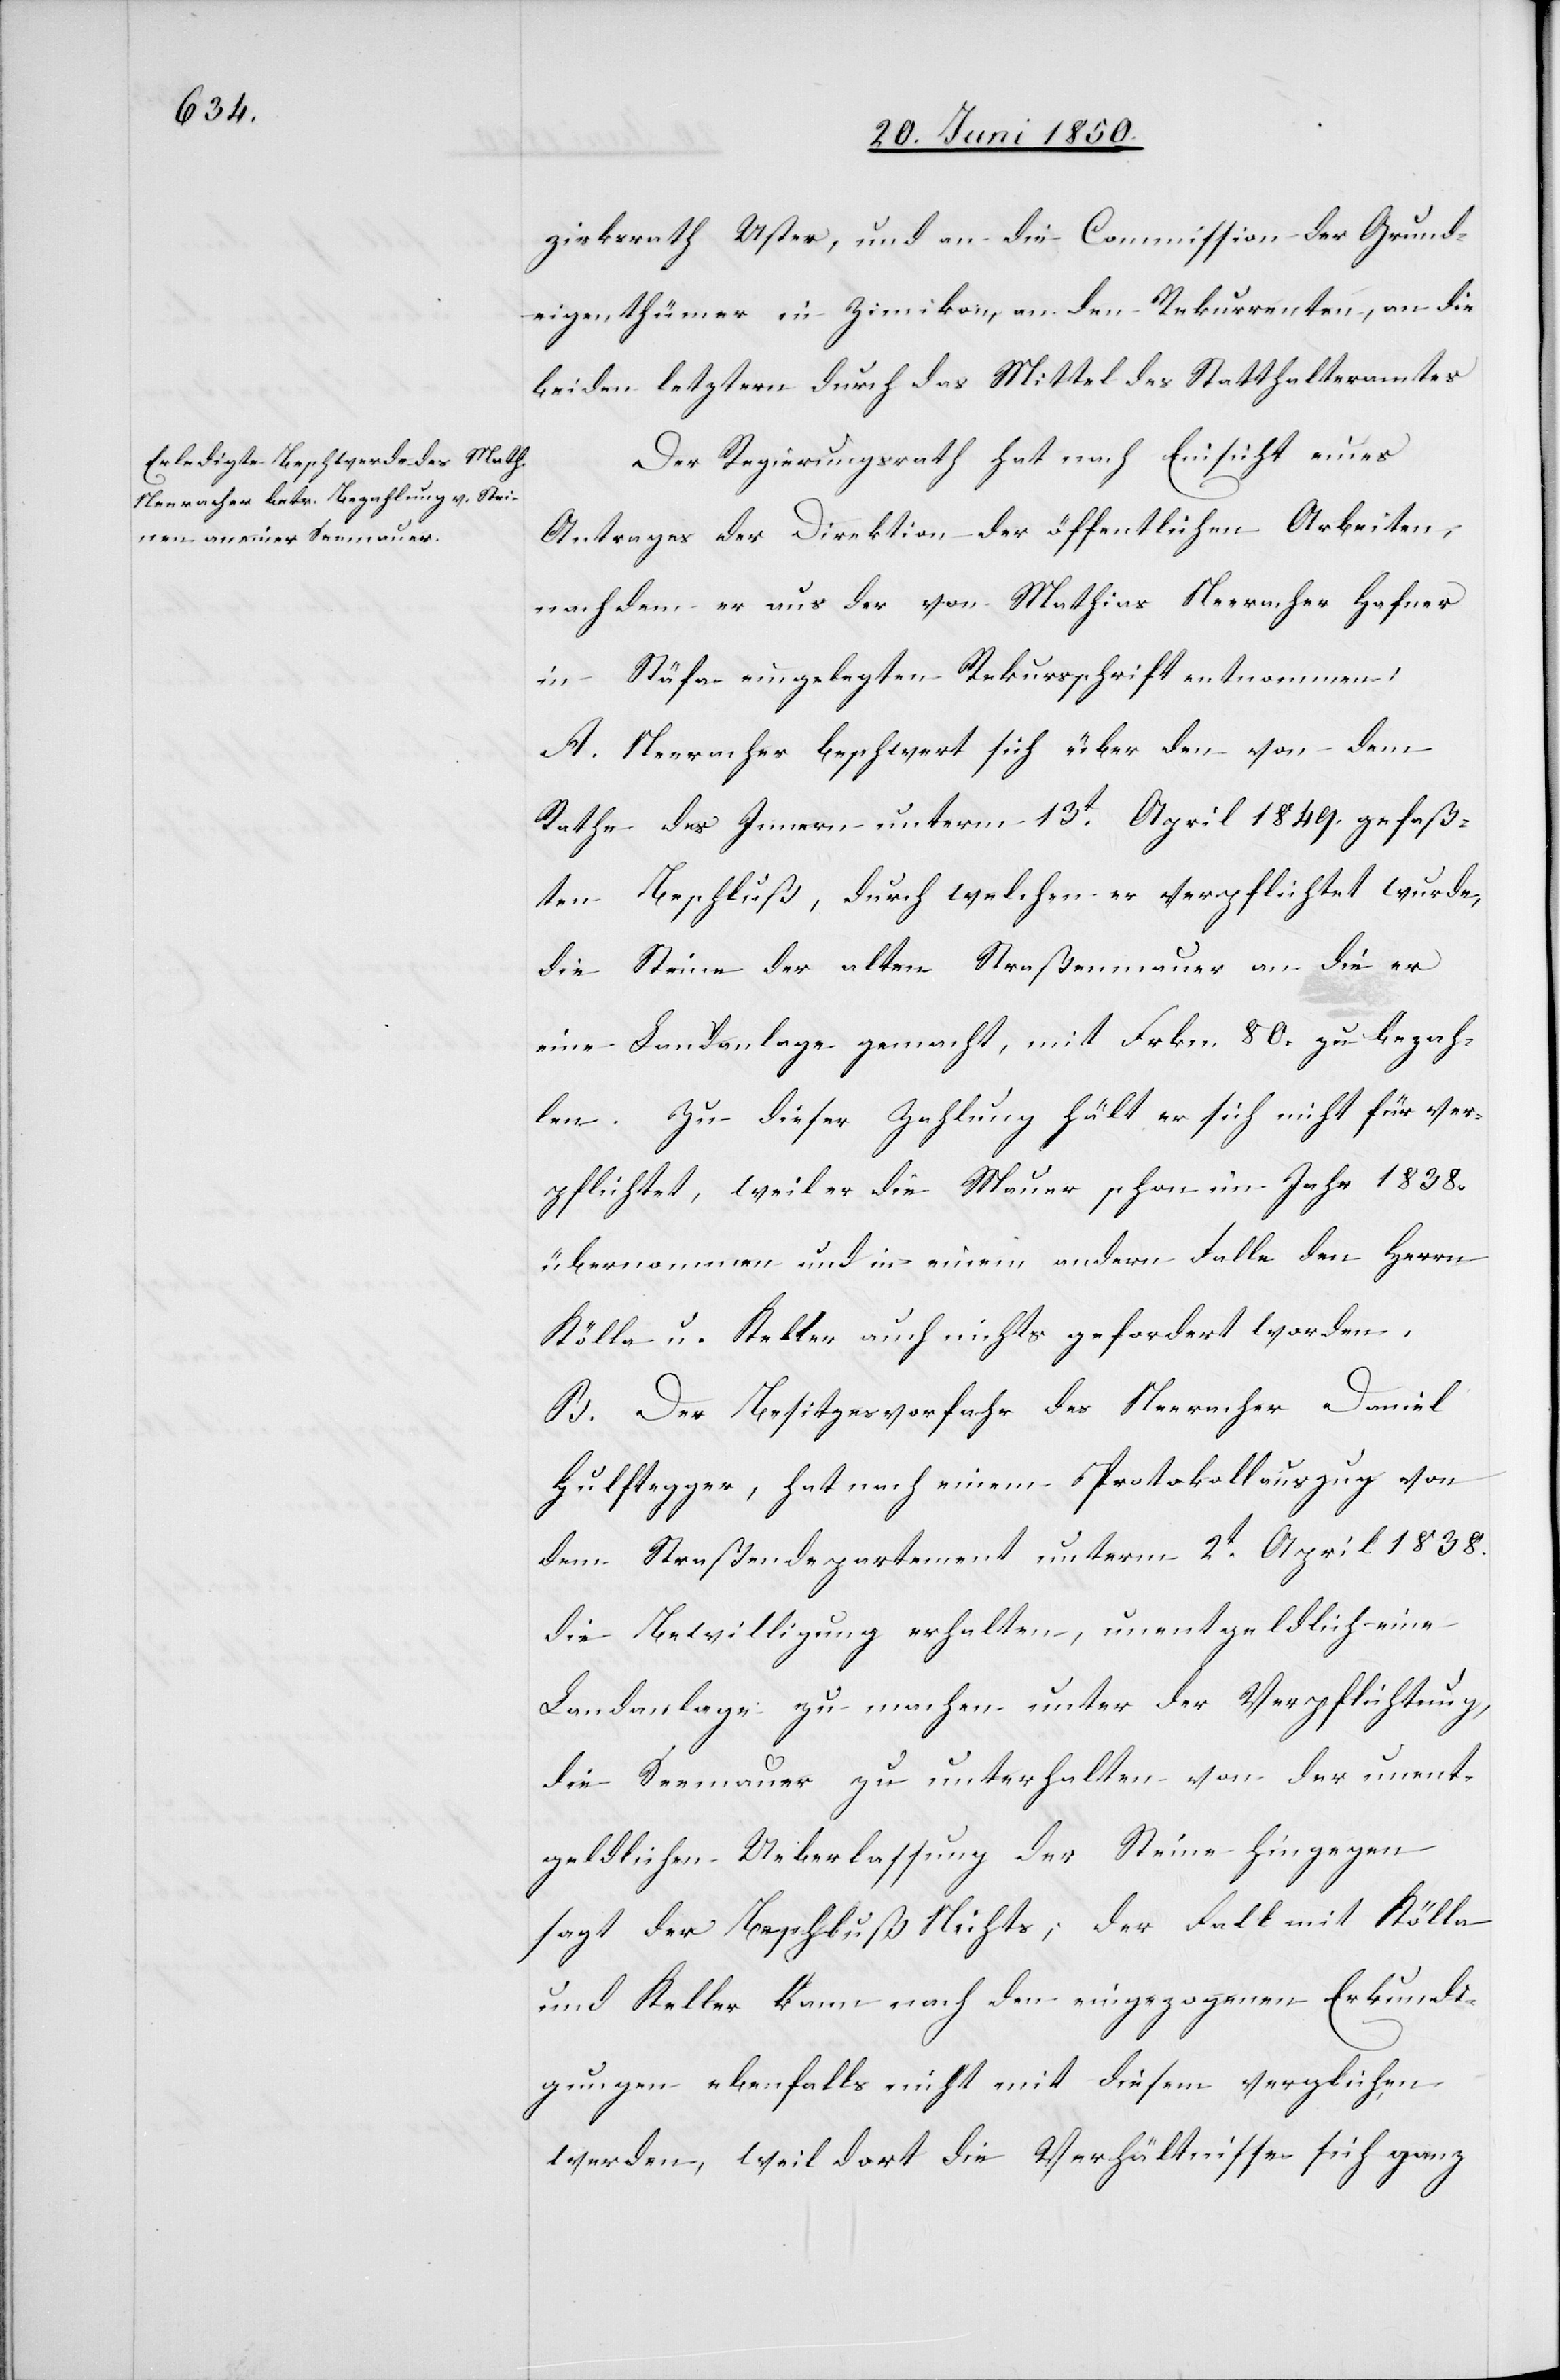
Der Regierungsrath hat nach Einsicht eines
Antrages der Direktion der öffentlichen Arbeiten,
nachdem er aus der von Mathias Neeracher Hafner
in Stäfa eingelegten Rekursschrift entnommen:
A. Neeracher beschwert sich über den von dem
Rathe des Innern unterm 13t April 1849. gefaß¬
ten Beschluß, durch welchen er verpflichtet wurde,
die Steine der alten Straßenmauer an die er
eine Landanlage gemacht, mit Frkn. 80. zu bezah¬
len. Zu dieser Zahlung hält er sich nicht für ver¬
pflichtet, weil er die Mauer schon im Jahr 1838.
übernommen und in einem andern Falle den Herrn
Kölla u. Keller auch nichts gefordert worden.
B. Der Besitzesvorfahr des Neeracher Daniel
Hulftegger, hat nach einem Protokollauszug von
dem Straßendepartement unterm 2t April 1838.
die Bewilligung erhalten, unentgeldlich eine
Landanlage zu machen unter der Verpflichtung,
die Seemauer zu unterhalten von der unent¬
geldlichen Ueberlassung der Steine hingegen
sagt der Beschluß Nichts; der Fall mit Kölla
und Keller kann nach den eingezogenen Erkundi¬
gungen ebenfalls nicht mit diesem verglichen
werden, weil dort die Verhältnisse sich ganz